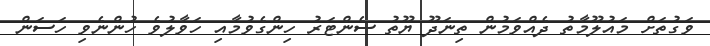
ވަގުތަށް މައުލޫމާތު ދެއްވަމުން ތިނަދޫ ޔޫތު ސެންޓަރު ހިންގެވުމާއި ހަވާލުވެ ހުންނެވި ހަސަން